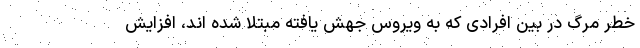
خطر مرگ در بین افرادی که به ویروس جهش یافته مبتلا شده اند، افزایش